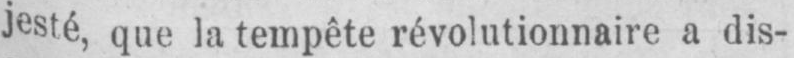
jesté, que la tempête révolutionnaire a dis-